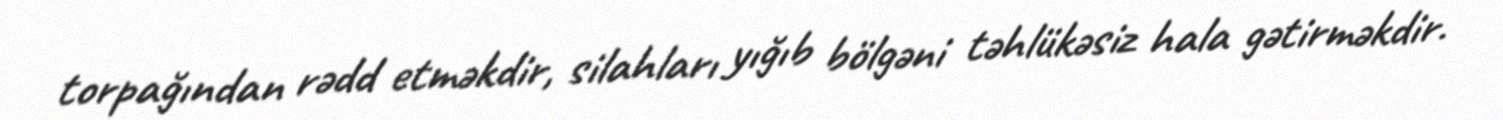
torpağından rədd etməkdir, silahları yığıb bölgəni təhlükəsiz hala gətirməkdir.